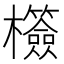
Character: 𣠺